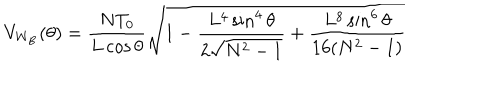
LaTeX: V _ { \mathrm { W _ { B } } } ( \theta ) = \frac { N T _ { 0 } } { L \cos { \theta } } \sqrt { 1 - \frac { L ^ { 4 } \sin ^ { 4 } { \theta } } { 2 \sqrt { N ^ { 2 } - 1 } } + \frac { L ^ { 8 } \sin ^ { 6 } { \theta } } { 1 6 ( N ^ { 2 } - 1 ) } }